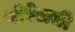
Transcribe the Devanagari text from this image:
पॉवेलची